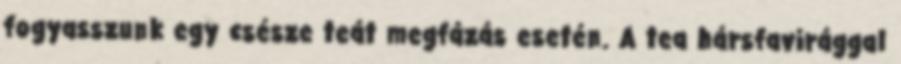
fogyasszunk egy csésze teát megfázás esetén. A tea hársfavirággal